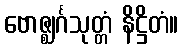
ဗောဇ္ဈင်္ဂသုတ္တံ နိဋ္ဌိတံ။